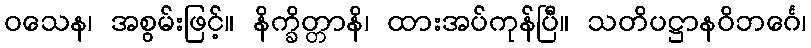
ဝသေန၊ အစွမ်းဖြင့်။ နိက္ခိတ္တာနိ၊ ထားအပ်ကုန်ပြီ။ သတိပဋ္ဌာနဝိဘင်္ဂေ၊